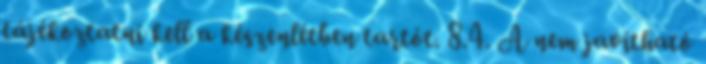
tájékoztatni kell a készenlétben tartót. 8.4. A nem javítható